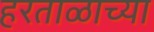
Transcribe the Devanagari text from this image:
हरताळाच्या